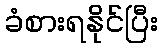
ခံစားရနိုင်ပြီး